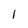
Character: 1